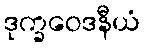
ဒုက္ခဝေဒနီယံ